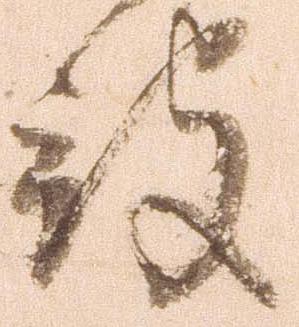
被